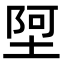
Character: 𫮄